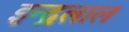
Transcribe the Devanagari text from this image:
इन्द्रलाल